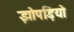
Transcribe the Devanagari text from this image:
झोपड़ियो